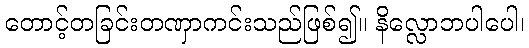
တောင့်တခြင်းတဏှာကင်းသည်ဖြစ်၍။ နိလ္လောဘပါပေါ၊